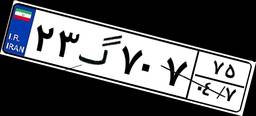
۲۳گ۷۰۷۷۵